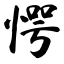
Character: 愕